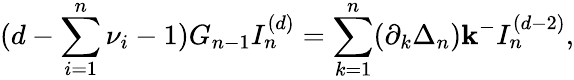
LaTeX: (d-\sum_{i=1}^{n}\nu_{i}-1)G_{n-1}I_{n}^{(d)}=\sum_{k=1}^{n}(\partial_{k}\Delta_{n}){\mathbf k^{-}}I_{n}^{(d-2)},